Code of medical and sanitary regulations for the guidance of medical officers serving in the Madras Presidency - Volume I
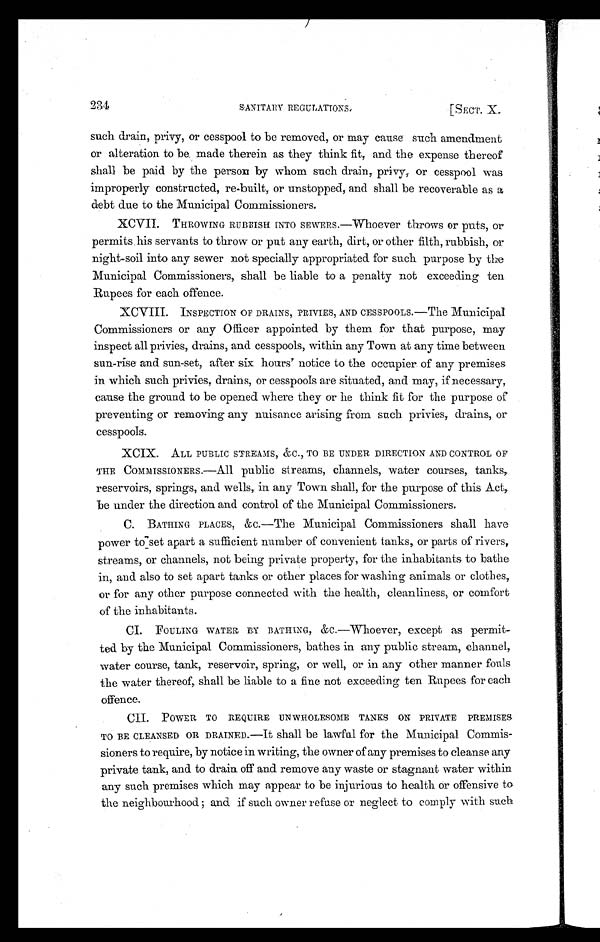
234
S ANI TARY REGULATTONS . [ S E C T . X .
such drain, privy, or cesspool to be removed, or may cause such amendment
or alteration to be made therein as they think fit, and the expense thereof
shall be paid by the person by whom such drain, privy, or cesspool was
improperly constructed, re-built, or unstopped, and shall be recoverable as a
debt due to the Municipal Commissioners.
XCVII. THROWING RUBBISH INTO SEWERS.—Whoever throws or puts, or
permits his servants to throw or put any earth, dirt, or other filth, rubbish, or
night-soil into any sewer not specially appropriated for such purpose by the
Municipal Commissioners, shall be liable to a penalty not exceeding ten
Rupees for each offence.
XCVIII. INSPECTION OF DRAINS, PRIVIES, AND CESSPOOLS.—The Municipal
Commissioners or any Officer appointed by them for that purpose, may
inspect all privies, drains, and cesspools, within any Town at any time between
sun-rise and sun-set, after six hours' notice to the occupier of any premises
in which such privies, drains, or cesspools are situated, and may, if necessary,
cause the ground to be opened where they or he think fit for the purpose of
preventing or removing any nuisance arising from such privies, drains, or
cesspools.
XCIX. ALL PUBLIC STREAMS, &C., TO BE UNDER DIRECTION AND CONTROL O
F THE COMMISSIONERS.—All public streams, channels, water courses, tanks,
reservoirs, springs, and wells, in any Town shall, for the purpose of this Act,
be under the direction and control of the Municipal Commissioners.
C. BATHING PLACES, &C.—The Municipal Commissioners shall have
power to set apart a sufficient number of convenient tanks, or parts of rivers,
streams, or channels, not being private property, for the inhabitants to bathe
in, and also to set apart tanks or other places for washing animals or clothes,
or for any other purpose connected with the health, cleanliness, or comfort
of the inhabitants.
CI. FOULING WATER BY BATHING, &C.—Whoever, except as permit-
ted by the Municipal Commissioners, bathes in any public stream, channel,
water course, tank, reservoir, spring, or well, or in any other manner fouls
the water thereof, shall be liable to a fine not exceeding ten Rupees for each
offence.
CII. POWER TO REQUIRE UNWHOLESOME TANKS ON PRIVATE PREMISES
TO BE CLEANSED OR DRAINED.—It shall be lawful for the Municipal Commis-
sioners to require, by notice in writing, the owner of any premises to cleanse any
private tank, and to drain off and remove any waste or stagnant water within
any such premises which may appear to be injurious to health or offensive to
the neighbourhood ; and if such owner refuse or neglect to comply with such